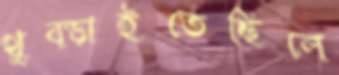
থুব্‌ড়াইতেছিলে